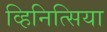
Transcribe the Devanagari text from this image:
व्हिनित्सिया